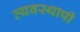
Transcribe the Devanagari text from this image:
व्यवस्थापी